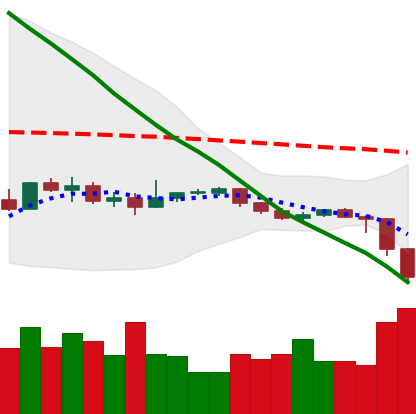
Ticker: EOS-USD
Chart end date: 2019-12-17
Forward return: 15.246%
Label: up_7plus